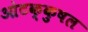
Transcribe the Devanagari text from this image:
ओटक्कुषल